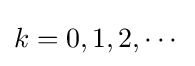
k=0,1,2,\cdots